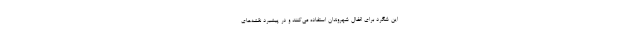
این شگرد برای اغفال شهروندان استفاده می‌کنند و در پیشبرد نقشه‌های